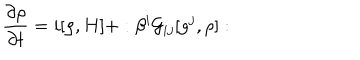
\frac { \partial \rho } { \partial t } = i [ \rho , H ] + : \beta ^ { i } { \cal G } _ { i j } [ g ^ { j } , \rho ] :